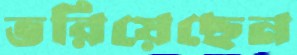
ভরিয়েছেন